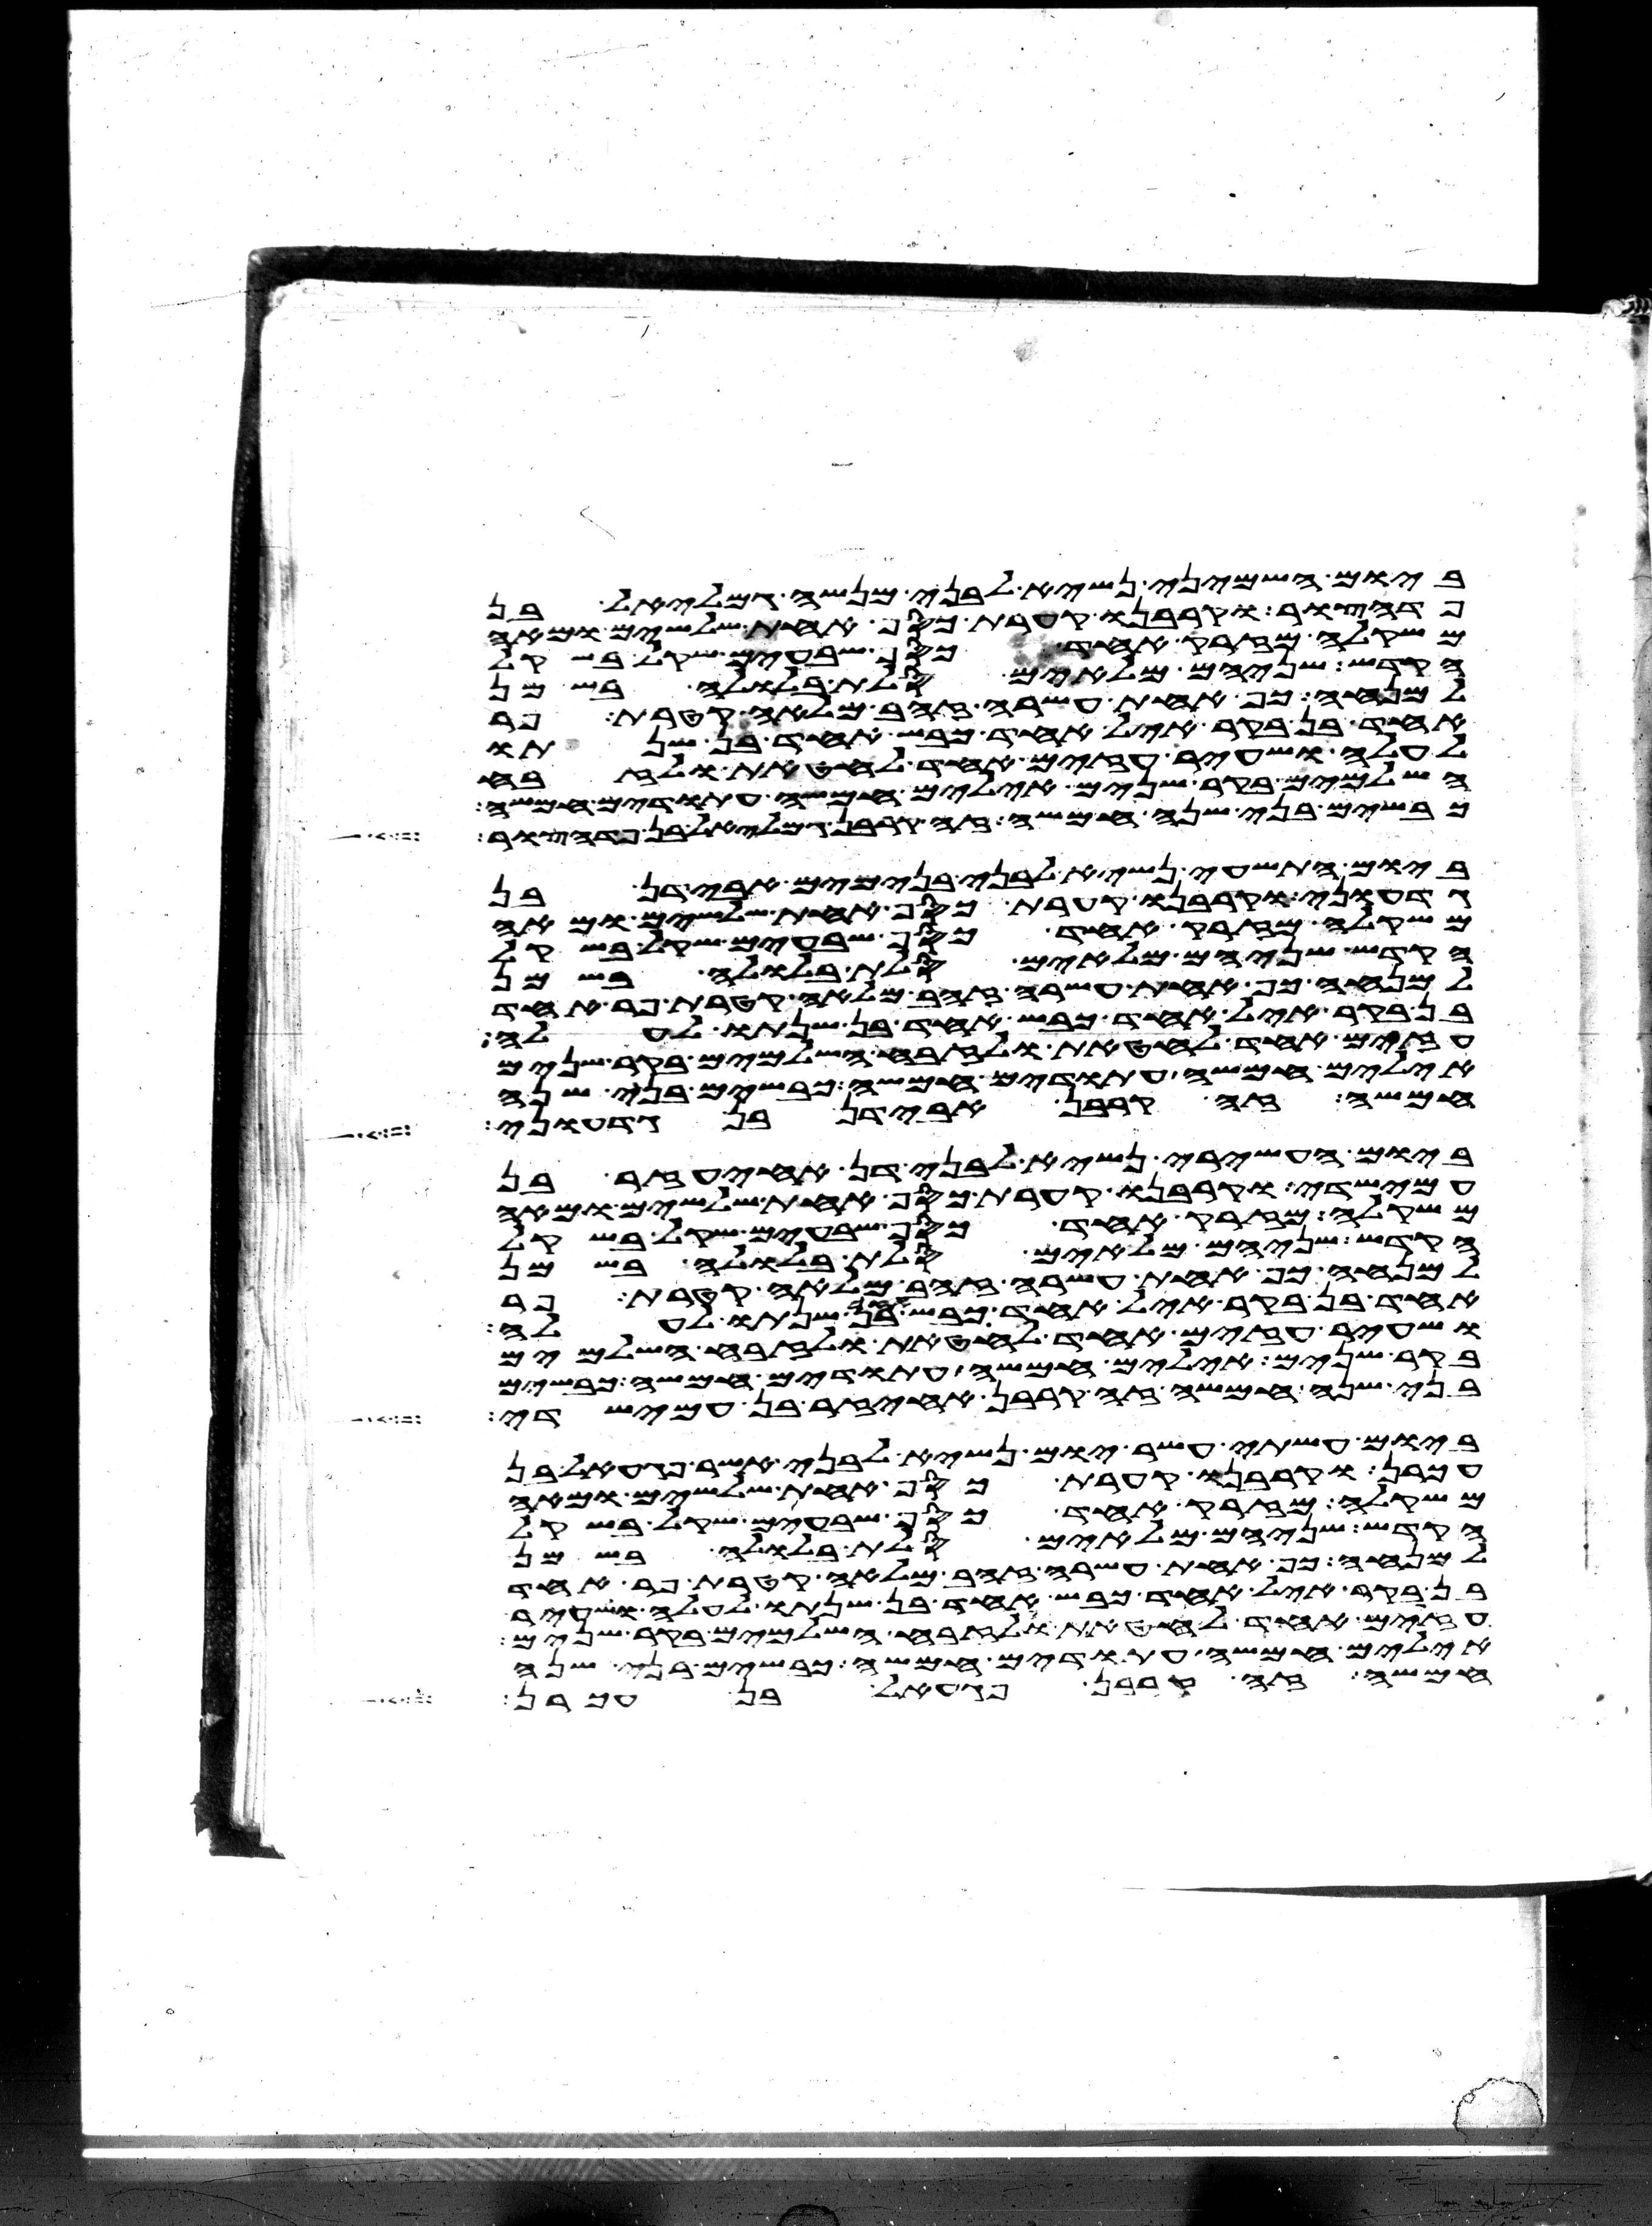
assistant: ביום השמיני נשיא לבני מנשה גמלאל בן
פדהצור וקרבנו קערת כסף אחת שלשים ומאה
משקלה מזרק אחד כסף שבעים שקל בשקל
הקדש שניהם מלאים סלת בלולה בשמן
למנחה כף אחת עשרה זהב מלאה קטרת פר
אחד בן בקר איל אחד כבש אחד בן שנתו
לעלה ושעיר עזים אחד לחטאת ולזבח
השלמים בקר שנים אילים חמשה עתודים חמשה
כבשים בני שנה חמשה זה קרבן גמלאל בן פדהצור
ביום התשעי נשיא לבני בנימים אבידן בן
גדעוני וקרבנו קערת כסף אחת שלשים ומאה
משקלה מזרק אחד כסף שבעים שקל בשקל
הקדש שניהם מלאים סלת בלולה בשמן
למנחה כף אחת עשרה זהב מלאה קטרת פר אחד
בן בקר איל אחד כבש אחד בן שנתו לעלה
עזים אחד לחטאת ולזבח השלמים בקר שנים
אילים חמשה עתודים חמשה כבשים בני שנה
חמשה זה קרבן אבידן בן גדעוני
ביום העשירי נשיא לבני דן אחיעזר בן
עמישדי וקרבנו קערת כסף אחת שלשים ומאה
משקלה מזרק אחד כסף שבעים שקל בשקל
הקדש שניהם מלאים סלת בלולה בשמן
למנחה כף אחת עשרה זהב מלאה קטרת פר
אחד בן בקר איל אחד כבש אחד בן שנתו לעלה
ושעיר עזים אחד לחטאת ולזבח השלמים
בקר שנים אילים חמשה עתודים חמשה כבשים
בני שנה חמשה זה קרבן אחיעזר בן עמישדי
ביום עשתי עשר יום נשיא לבני אשר פגעאל בן
עכרן וקרבנו קערת כסף אחת שלשים ומאה
משקלה מזרק אחד כסף שבעים שקל בשקל
הקדש שניהם מלאים סלת בלולה בשמן
למנחה כף אחת עשרה זהב מלאה קטרת פר אחד
בן בקר איל אחד כבש אחד בן שנתו לעלה ושעיר
עזים אחד לחטאת ולזבח השלמים בקר שנים
אילים חמשה עתודים חמשה כבשים בני שנה
חמשה זה קרבן פגעאל בן עכרן